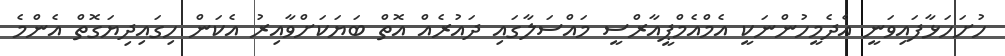
ހުށަހަޅާފައިވަނީ އެދެމީހުންނަކީ އެމްްއެމްޕީއާރްސީ މައްސަލާގައި ދައުރެއް އޮތް ބަޔަކަށްވާއިރު އެކަން ހިގައިދިޔަގޮތް އެންމެ